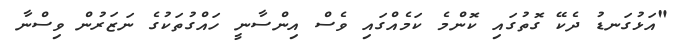
"އަޅުގަނޑު ދެކޭ ގޮތުގައި ކޮންމެ ކަމެއްގައި ވެސް އިންސާނީ ހައްގުތަކުގެ ނަޒަރުން ވިސްނާ